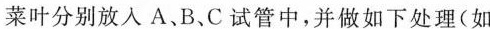
菜叶分别放入A、B、C试管中，并做如下处理(如